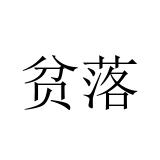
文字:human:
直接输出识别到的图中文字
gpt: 贫落